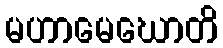
မဟာမေဃောတိ